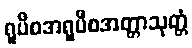
ရူပီစအရူပီစအတ္တာသုတ္တံ